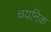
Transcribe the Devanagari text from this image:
चयनिक